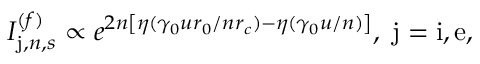
I _ { \mathrm { j } , n , s } ^ { ( f ) } \propto e ^ { 2 n \left[ \eta ( \gamma _ { 0 } u r _ { 0 } / n r _ { c } ) - \eta ( \gamma _ { 0 } u / n ) \right] } , \; \mathrm { j } = \mathrm { i } , \mathrm { e } ,